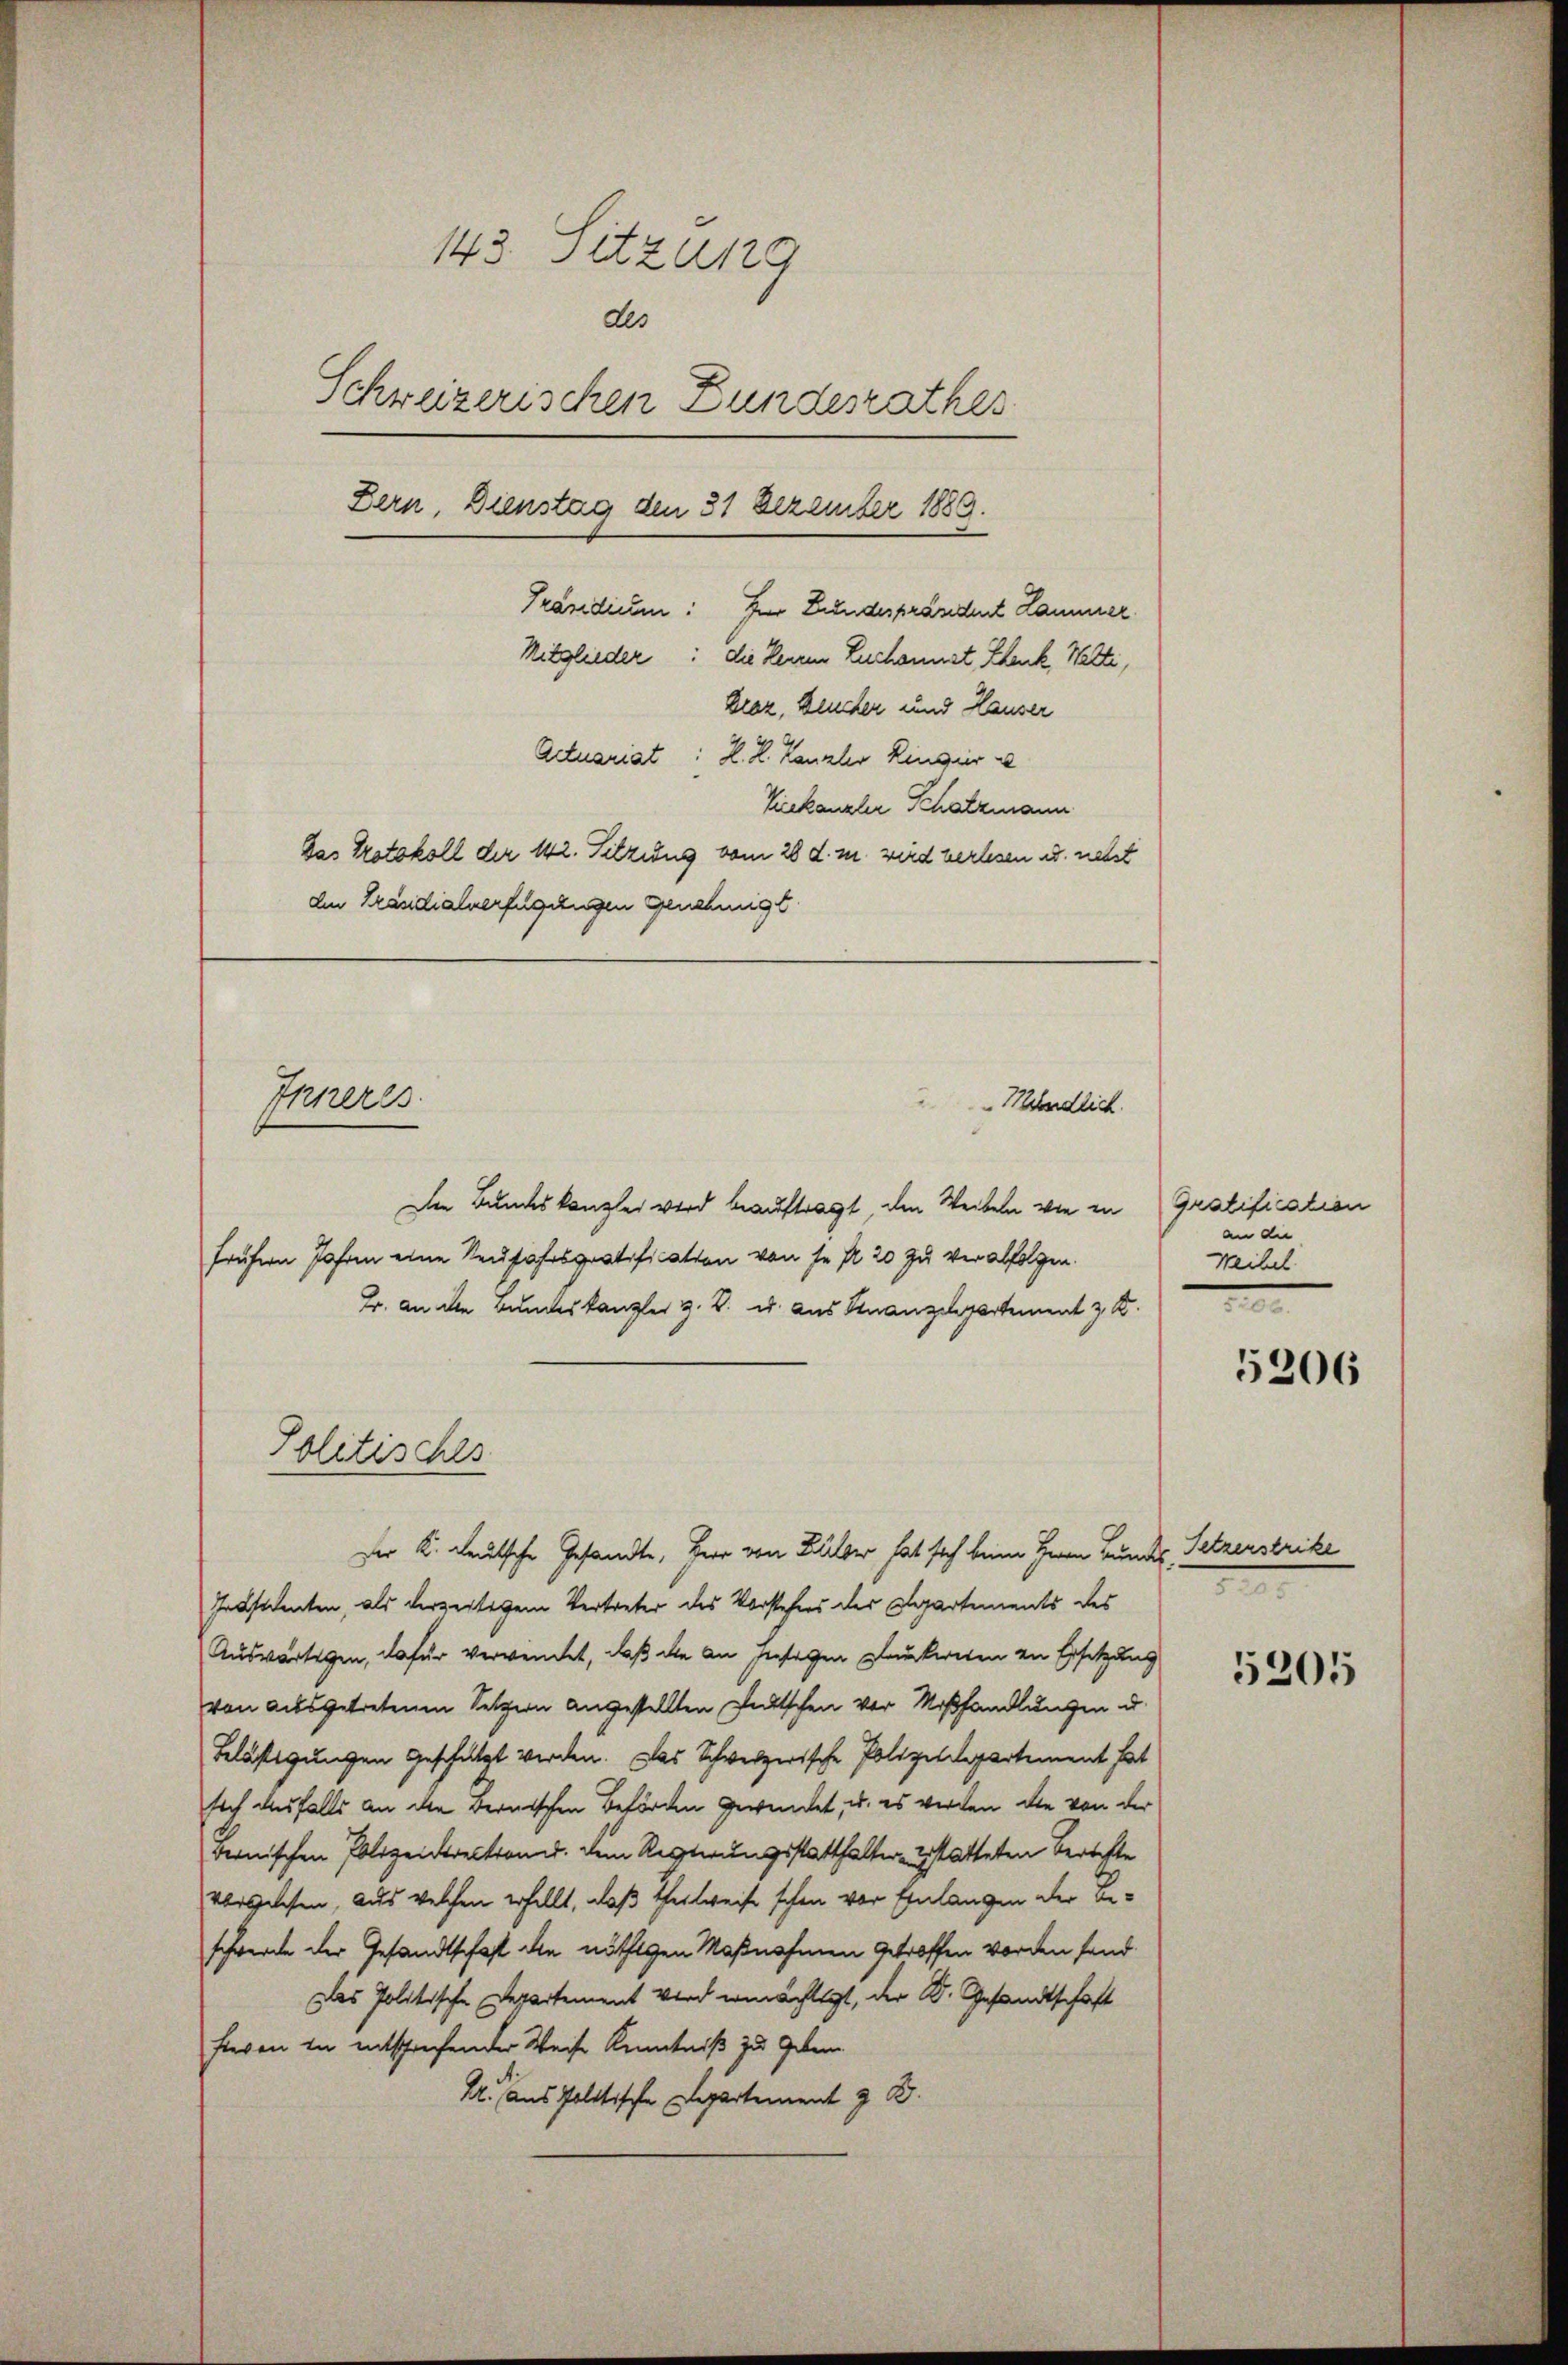
143. Sitzung
des
Schweizerischen Bundesrathes
Zern, Dienstag den 31 Dezember 1888.
Präsidium: Zur Bundesprändent Hammer.
Mitglieder: die Herren Rechannst Schenk Wetti,
kier, keucher und Hauser
Actuariat: H. R. Kanzler Ringer
Vinkanzlei Schatzmann
Das Protokoll der 142. Sitzung vom 28 d. u. wird verlesen u. nebst
den Präsidialverfügungen genehmigt

Inneres

Politisches

Hendlich.

Der Bundeskanzlei wird beauftragt, den Weibeln von in Gratification
frühern Jahren eine Neusafsgratification von se fl. 20 zu verabfolgen.
B. an den Bundeskanzler z. B. u. aus Finanzelpertement z. B.
Der K. deutsche Gesandte, Herr von Balber hat sich beim Herrn Bundes Setzerstrike
Jobstenten, als derzeitigem Vertreter des Vorstehers der Departements des
Auswärtigen, dafür verwendet, daß die an hiesigen Lauckereten zu Ersetzung
von ausgetretenen Selzern angestellten Pultschen vor Mißhandlungen d
Belästigungen geschützt werden. Das Schweizerische Polizeidepartement hat
sich diesfalls an den Bernischen Beförden gewendet, u. es werden die von der
Bernischen Polizeirection u. dem Regierungsstatthalter gestatteten Berichte
vorgelehen, aus welchen erhellt, daß Theilweise schon vor Einlangen der Beschwerde der Gesandtschaft die nöthigen Maßnahmen getroffen worden fand.
Das Politische Departement wird ermächtigt, der Dr. Gesandtschaft
fieren in entsprechender Weise Kenntniß zu geben
A. aus Politische Departement z. B.

an die
Weibel

5206

5205